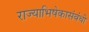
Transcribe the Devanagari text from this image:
राज्याभिषेकासंबंधी